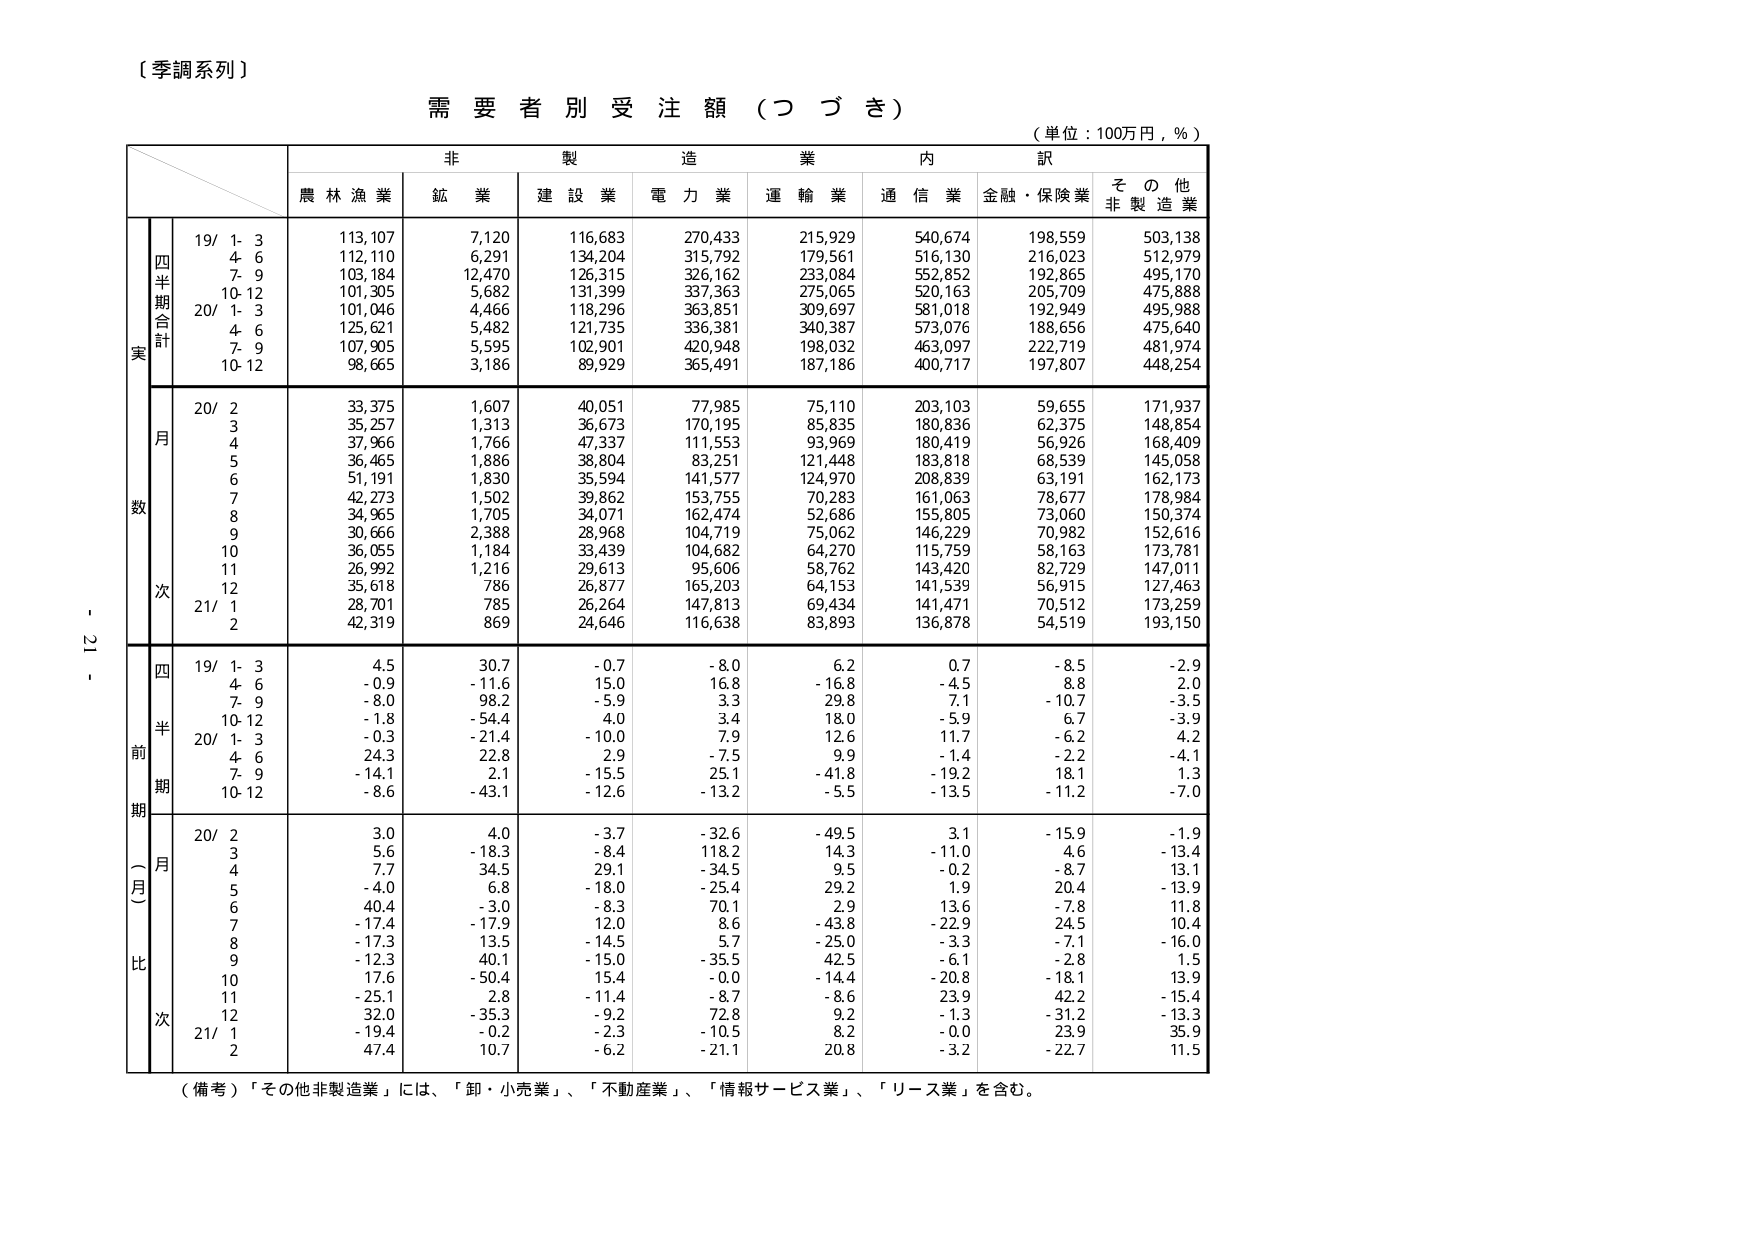
〔季調系列〕

需要者別受注額（つづき）

（単位：100万円，％）